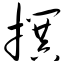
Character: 撰